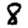
Digit: 8